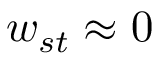
w _ { s t } \approx 0